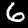
Label: 6